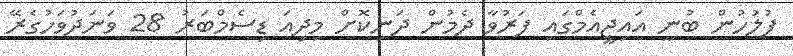
ފުލުހުން ބުނީ އައިޖީއެމްގައި ފަރުވާ ދެމުން ދަނިކޮށް މިދިއަ ޑިސެމްބަރު 28 ވަނަދުވަހުގެރޭ